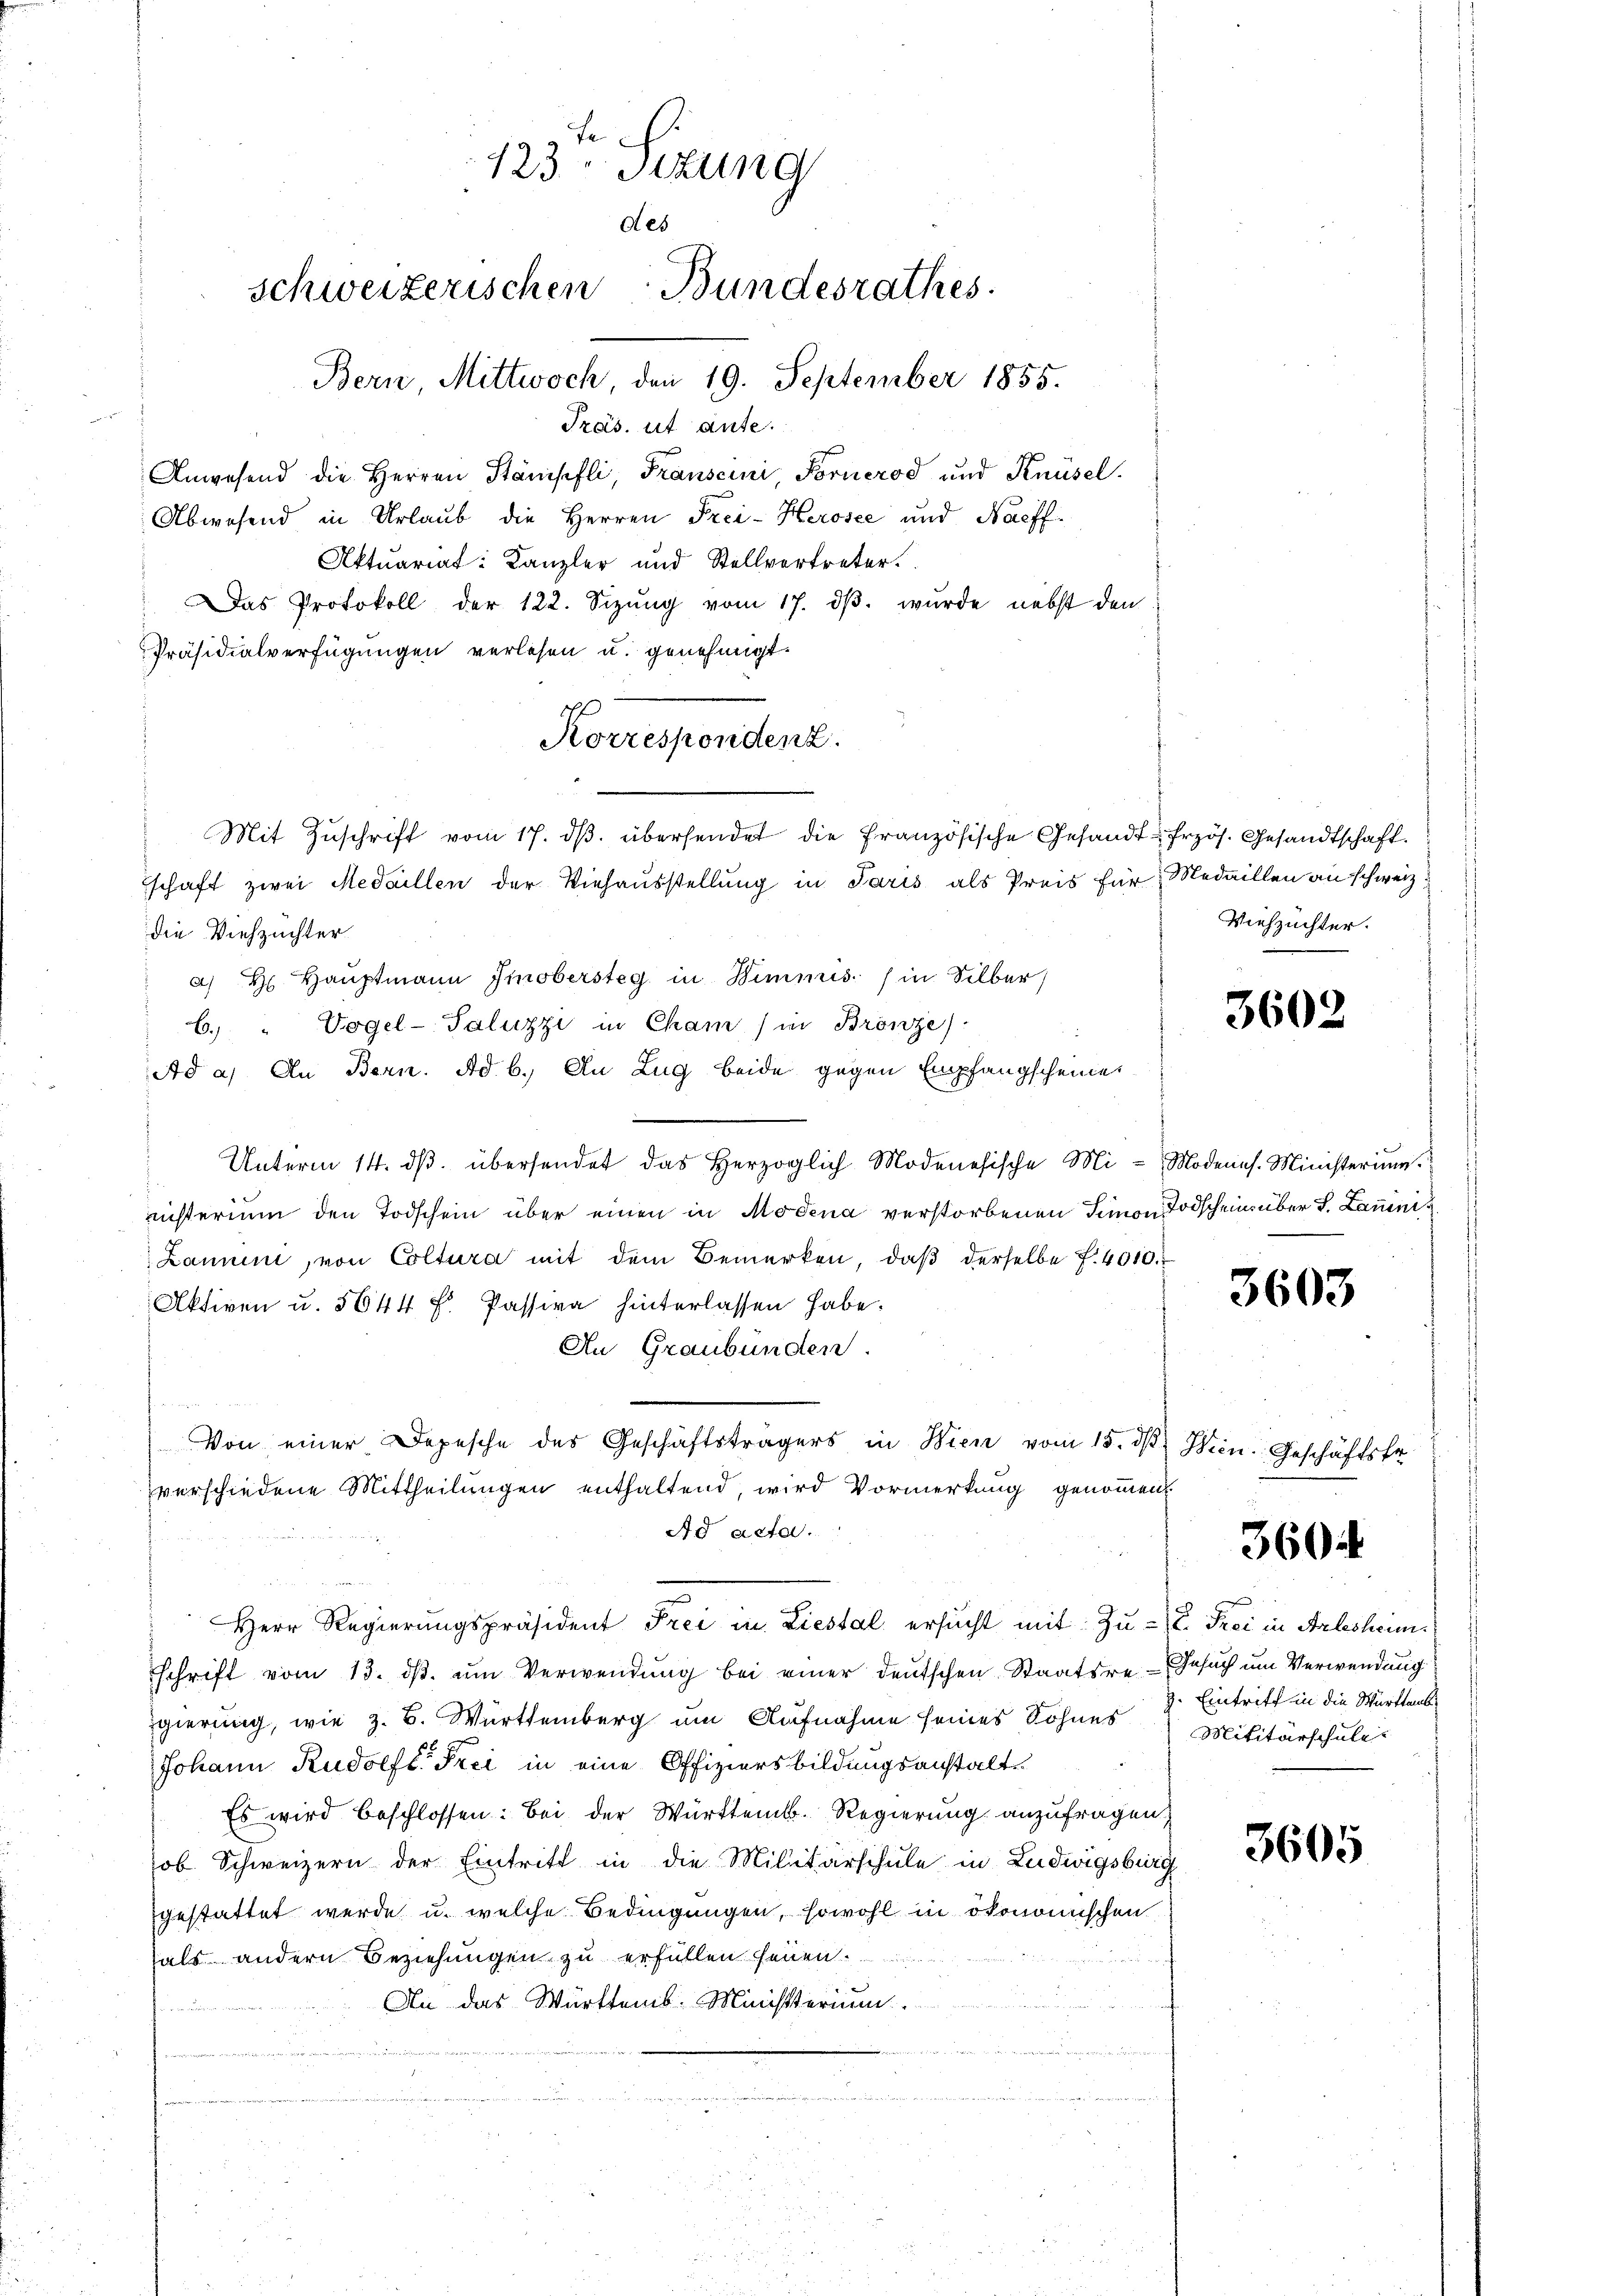
123 Sizung
des
schweizerischen Bundesrathes.
Bern, Mittwoch September 1855.

Prais, ut aute.
Anwesend die Herren Stanisifli, Franscini, Fornerod und Knüsel.
Abwesend in Urlaub die Herren Frei-Kerosee und Nachf
Aktuariat: Kanzler und Stellvertreter.
Das Protokoll der 122. Sizŭng vom 17. dβ. wurde nebst den
Präsidialverfügungen verlesen u. genehmigt.
Mit Zŭschrift vom 17. dβ. übersendet die französische Gesandt-frzös. Gesandtschaft.
schaft zwei Medaillen der Viehausstellung in Paris als Preis für Medaillen an schweiz.
die Viehzuchter
a) H Haŭptmann Imobersteg in Bimmis (in Silber
s
b. Vogel-Saluzzi in Cham (in Bronze)
Ad a. An Bern. Ad. b. An Zug beide gegen Empfangscheiner
Unterm 14. dβ. übersendet das Herzoglich Modenesische Mi- Modens. Ministerium
nichterium den Todschein über einen in Modena verstorbenen Simon Todschen über S. Launis
Lannen, von Coltura mit dem Bemerken, daβ derselbe f. 4010.
Aktiven u. 5644 f. Passiva hinterlassen habe.
An Graubünden.

Von einer Depesche des Geschäftsträgers in Wien vom 15. dß
verschiedene Mittheilungen enthaltend, wird Vormerkung genommen.
Ad acta.
Herr Regierungspräsident Frei in Liestal ersucht mit Zuschrift vom 13. dβ. ŭm Verwendŭng bei einer deŭtschen Staatsre-Gesŭch ŭm Verwendung
gierung, wie z. B. Württemberg um Aufnahme seines Sohnes
Johann Rudolf Frei in eine Offiziersbildungsanstalt
Es wird beschlossen: Bei der Württemb. Regierung anzufragen,
Job Schweizern der Eintritt in die Militärschule in Ludwigsburg
gestattet werde u. welche Bedingungen, sowohl in ökonomischen
als andern Beziehungen zu erfüllen seien.
An das Württemb. Ministerium.
 2

Korrespondenz.

Viehzuchter.

3602

3603

Wien. Geschäftsfr.

360.

E. Frei in Arlesheim.
Eintritt in die Württembe
Militärschule:

3605